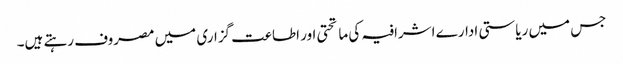
جس میں ریاستی ادارے اشرافیہ کی ماتحتی اور اطاعت گزاری میں مصروف رہتے ہیں۔